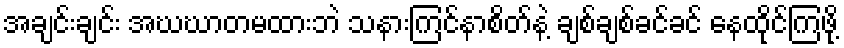
အချင်းချင်း အဃဃာတမထားဘဲ သနားကြင်နာစိတ်နဲ့ ချစ်ချစ်ခင်ခင် နေထိုင်ကြဖို့